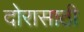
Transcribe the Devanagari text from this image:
दोरासाठी